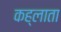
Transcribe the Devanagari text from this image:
कह्लाता